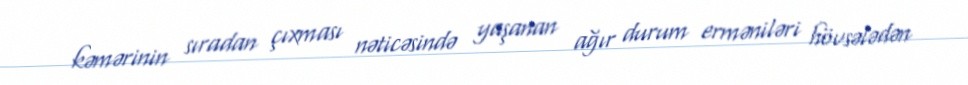
kəmərinin sıradan çıxması nəticəsində yaşanan ağır durum erməniləri hövsələdən